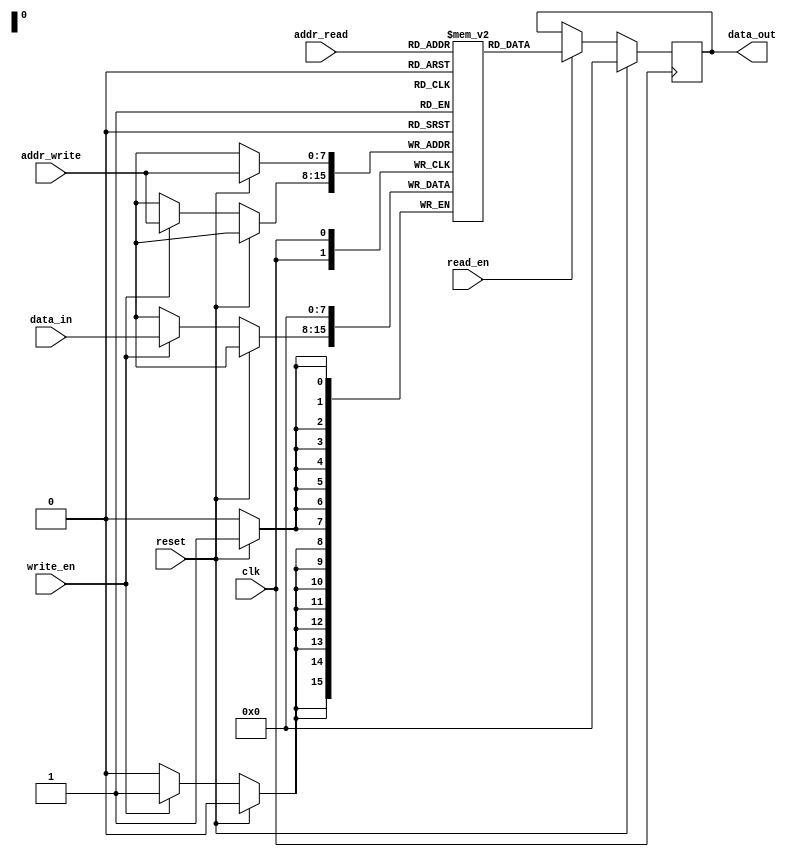
module dual_port_ram_pipeline (
  input wire clk,
  input wire [7:0] addr_write,
  input wire write_en,
  input wire [7:0] addr_read,
  input wire read_en,
  input wire [7:0] data_in,
  output reg [7:0] data_out,
  input wire reset
);

reg [7:0] mem [0:255];

// Write logic
always @(posedge clk) begin
  if (reset) begin
    mem[addr_write] <= 8'h00;
  end else if (write_en) begin
    mem[addr_write] <= data_in;
  end
end

// Read logic
always @(posedge clk) begin
  if (reset) begin
    data_out <= 8'h00;
  end else if (read_en) begin
    data_out <= mem[addr_read];
  end
end

endmodule